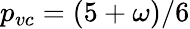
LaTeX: p_{vc}=(5+\omega)/6